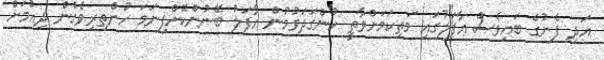
އަދި ފެނުގެ ބައިވެސް އާފަލުގައި މަތިކަމަށްވާތީ ހުންގަދަވުމުން އާފަލު ބޭނުންކޮށްފިނަމަ ހުންތިރިވެގެން ދިއުމަށް